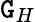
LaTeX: \mathtt{G}_{H}